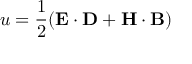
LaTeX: u = { \frac { 1 } { 2 } } ( \mathbf { E } \cdot \mathbf { D } + \mathbf { H } \cdot \mathbf { B } )